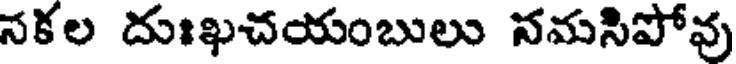
సకల దుఃఖచయంబులు నమసిపోవు